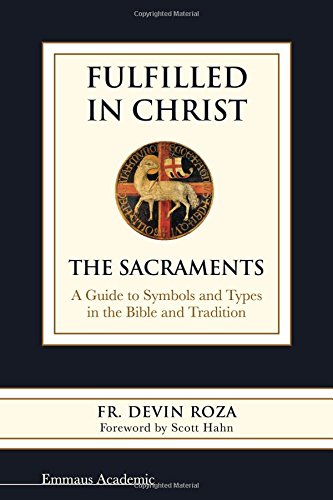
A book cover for Fulfilled in Christ: The Sacraments. A Guide to Symbols and Types in the Bible and Tradition; Fr. Devin Roza; Christian Books & Bibles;